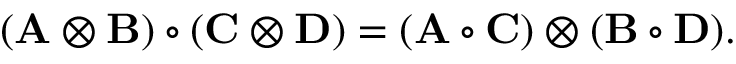
( \mathbf { A } \otimes \mathbf { B } ) \circ ( \mathbf { C } \otimes \mathbf { D } ) = ( \mathbf { A } \circ \mathbf { C } ) \otimes ( \mathbf { B } \circ \mathbf { D } ) .